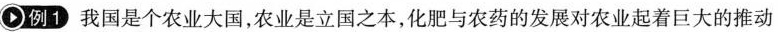
例1我国是个农业大国，农业是立国之本，化肥与农药的发展对农业起着巨大的推动